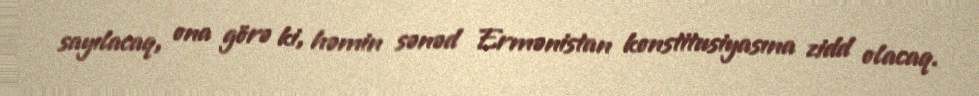
sayılacaq, ona görə ki, həmin sənəd Ermənistan konstitusiyasına zidd olacaq.